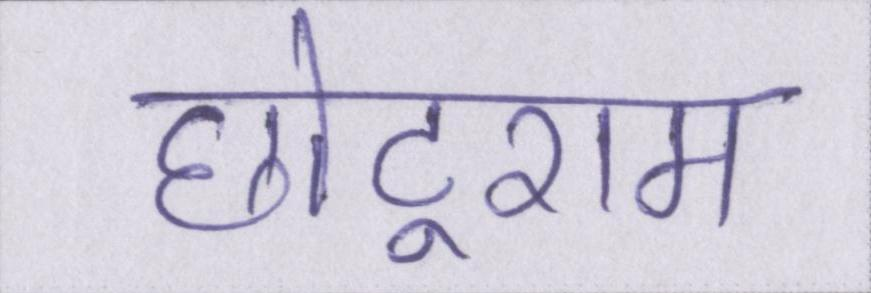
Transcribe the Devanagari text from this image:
छोटूराम